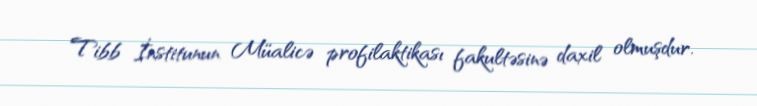
Tibb İnstitunun Müalicə profilaktikası fakultəsinə daxil olmuşdur.